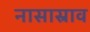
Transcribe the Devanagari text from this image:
नासास्राव